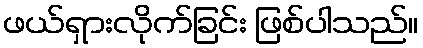
ဖယ်ရှားလိုက်ခြင်း ဖြစ်ပါသည်။